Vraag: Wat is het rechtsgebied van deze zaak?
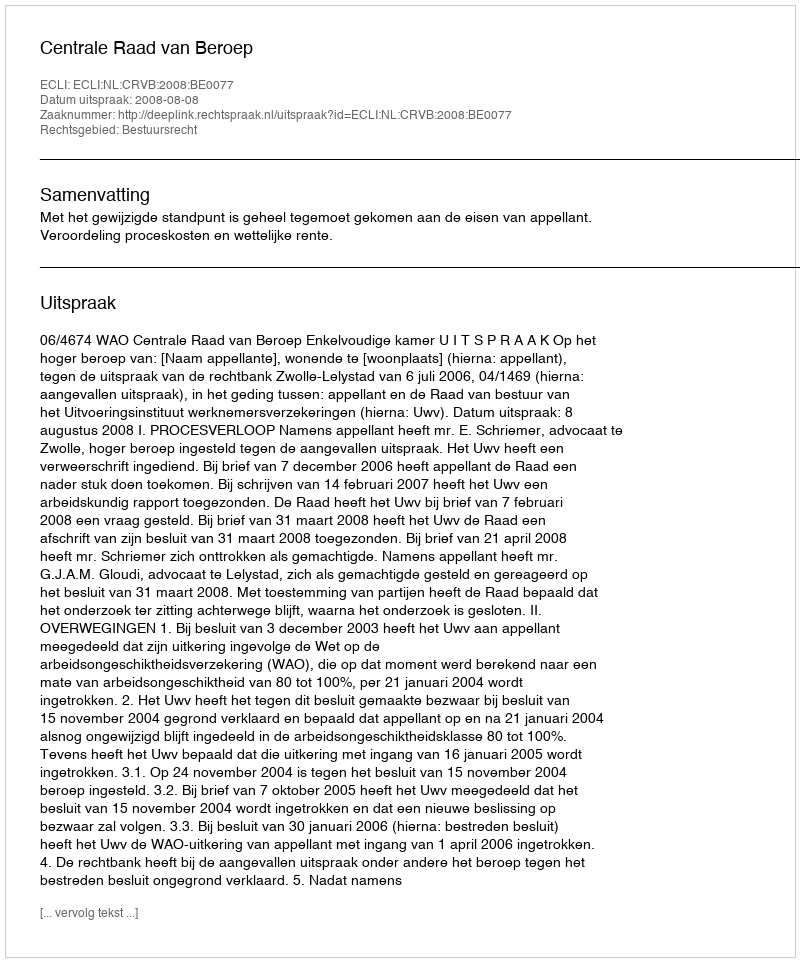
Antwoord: Bestuursrecht